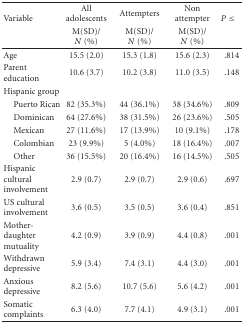
<table><thead><tr><td rowspan="2"><b>Variable</b></td><td><b>All adolescents</b></td><td><b>Attempters</b></td><td><b>Nonattempter</b></td><td rowspan="2"><b><i>P</i>≤</b></td></tr><tr><td><b>M(SD)/ <i>N</i> (%)</b></td><td><b>M(SD)/ <i>N</i> (%)</b></td><td><b>M(SD)/ <i>N</i> (%)</b></td></tr></thead><tbody><tr><td>Age</td><td>15.5 (2.0)</td><td>15.3 (1.8)</td><td>15.6 (2.3)</td><td>.814</td></tr><tr><td>Parent education</td><td>10.6 (3.7)</td><td>10.2 (3.8)</td><td>11.0 (3.5)</td><td>.148</td></tr><tr><td>Hispanic group</td><td></td><td></td><td></td><td></td></tr><tr><td> Puerto Rican</td><td>82 (35.3%)</td><td>44 (36.1%)</td><td>38 (34.6%)</td><td>.809</td></tr><tr><td> Dominican</td><td>64 (27.6%)</td><td>38 (31.5%)</td><td>26 (23.6%)</td><td>.505</td></tr><tr><td> Mexican</td><td>27 (11.6%)</td><td>17 (13.9%)</td><td>10 (9.1%)</td><td>.178</td></tr><tr><td> Colombian</td><td>23 (9.9%)</td><td>5 (4.0%)</td><td>18 (16.4%)</td><td>.007</td></tr><tr><td> Other</td><td>36 (15.5%)</td><td>20 (16.4%)</td><td>16 (14.5%)</td><td>.505</td></tr><tr><td>Hispanic cultural involvement</td><td>2.9 (0.7)</td><td>2.9 (0.7)</td><td>2.9 (0.6)</td><td>.697</td></tr><tr><td>US cultural involvement</td><td>3.6 (0.5)</td><td>3.5 (0.5)</td><td>3.6 (0.4)</td><td>.851</td></tr><tr><td>Mother-daughter mutuality</td><td>4.2 (0.9)</td><td>3.9 (0.9)</td><td>4.4 (0.8)</td><td>.001</td></tr><tr><td>Withdrawn depressive</td><td>5.9 (3.4)</td><td>7.4 (3.1)</td><td>4.4 (3.0)</td><td>.001</td></tr><tr><td>Anxious depressive</td><td>8.2 (5.6)</td><td>10.7 (5.6)</td><td>5.6 (4.2)</td><td>.001</td></tr><tr><td>Somatic complaints</td><td>6.3 (4.0)</td><td>7.7 (4.1)</td><td>4.9 (3.1)</td><td>.001</td></tr></tbody></table>